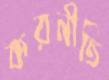
করনীতি